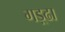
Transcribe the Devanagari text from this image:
गड़्ढा